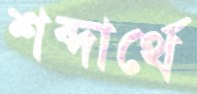
শব্দার্থে